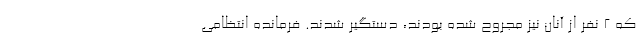
که 2 نفر از آنان نیز مجروح شده بودند، دستگیر شدند. فرمانده انتظامی